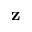
\mathbf { z }